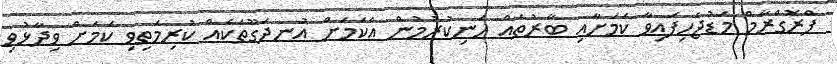
ޕްރޮގްރާމް މަޑުޖެހިފައިވާ ކަމަށާއި ބާރުތައް ހަނިކުރުމުން އެކަމަށް އުނދަގޫތަކެއް ކުރިމަތިވި ކަމަށް ވިދާޅުވި